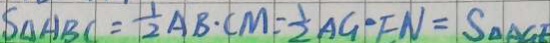
S _ { \Delta A B C } = \frac { 1 } { 2 } A B \cdot C M = \frac { 1 } { 2 } A G \cdot F N = S _ { \Delta } A G E